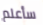
سأعلم